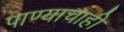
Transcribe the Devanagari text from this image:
पाण्‍याचाही